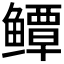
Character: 𱈓